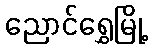
ညောင်ရွှေမြို့